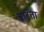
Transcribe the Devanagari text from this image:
बाटँता